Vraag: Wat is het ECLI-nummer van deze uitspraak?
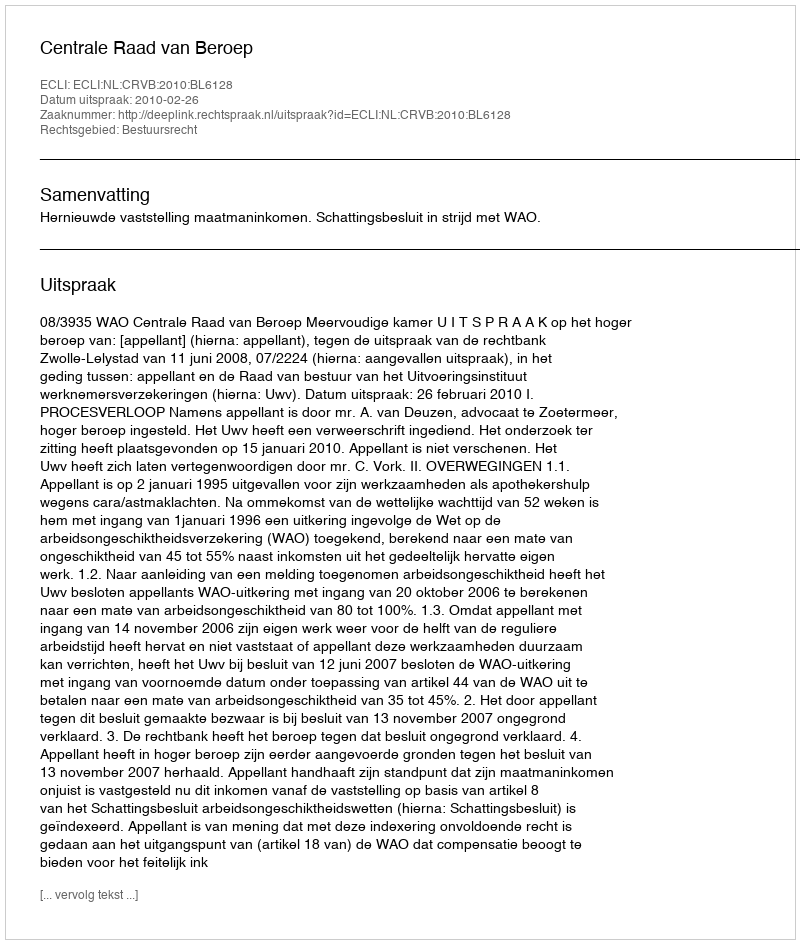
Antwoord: ECLI:NL:CRVB:2010:BL6128